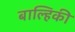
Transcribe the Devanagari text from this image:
बाल्हिकी